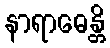
နာရာဓေန္တိ